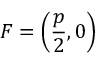
F = \left( { \frac { p } { 2 } } , 0 \right)